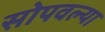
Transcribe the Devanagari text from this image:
सोपवल्या